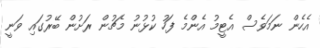
އެހެން ނަމަވެސް އެޓީމު އެންމެ ފަހު ކުޅުނު މެޗުން ރަށުން ބޭރުގައި ވަނީ